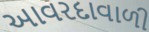
આવરદાવાળી